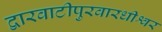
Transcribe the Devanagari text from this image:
द्वारवाटीपुरवारधीश्वर